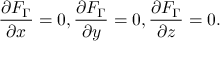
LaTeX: \frac { \partial F _ { \Gamma } } { \partial x } = 0 , \frac { \partial F _ { \Gamma } } { \partial y } = 0 , \frac { \partial F _ { \Gamma } } { \partial z } = 0 .